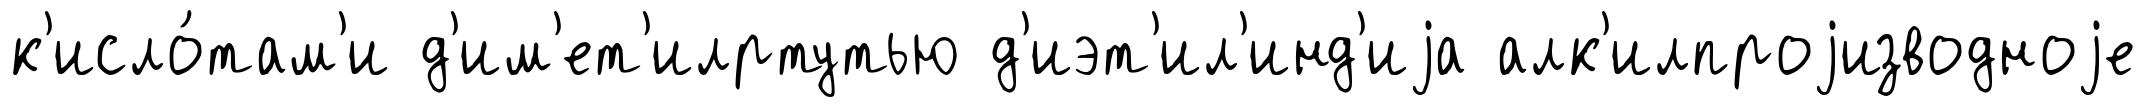
к'исло́там'и д'им'ет'илртутью д'иэт'ил'инд'иjа алк'илпроjизводноjе